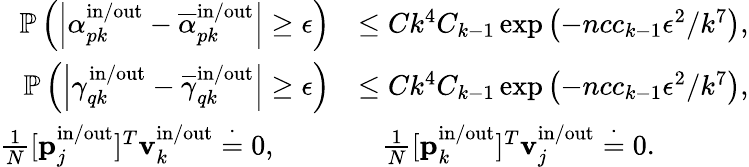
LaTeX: \begin{array}{rl}{\mathbb{P}\left(\left|\alpha_{pk}^{\mathrm{in}/\mathrm{out}}-\overline{{\alpha}}_{pk}^{\mathrm{in}/\mathrm{out}}\right|\geq\epsilon\right)}&{\leq Ck^{4}C_{k-1}\exp\left(-ncc_{k-1}\epsilon^{2}/k^{7}\right),}\\ {\mathbb{P}\left(\left|\gamma_{qk}^{\mathrm{in}/\mathrm{out}}-\overline{{\gamma}}_{qk}^{\mathrm{in}/\mathrm{out}}\right|\geq\epsilon\right)}&{\leq Ck^{4}C_{k-1}\exp\left(-ncc_{k-1}\epsilon^{2}/k^{7}\right),}\\ {\frac{1}{N}[\mathbf{p}_{j}^{\mathrm{in}/\mathrm{out}}]^{T}\mathbf{v}_{k}^{\mathrm{in}/\mathrm{out}}\stackrel{\cdot}{=}0,\qquad}&{\; \; \; \frac{1}{N}[\mathbf{p}_{k}^{\mathrm{in}/\mathrm{out}}]^{T}\mathbf{v}_{j}^{\mathrm{in}/\mathrm{out}}\stackrel{\cdot}{=}0.}\end{array}